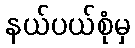
နယ်ပယ်စုံမှ